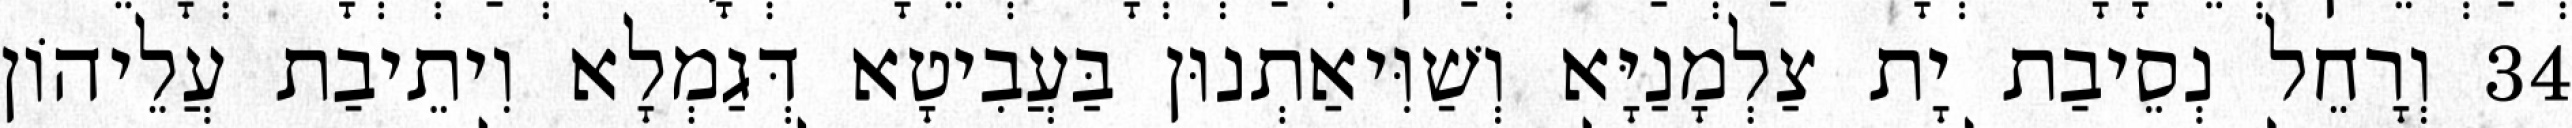
34 וְרָחֵל נְסֵיבַת יָת צַלְמָנַיָּא וְשַׁוִּיאַתְנוּן בַּעֲבִיטָא דְּגַמְלָא וִיתֵיבַת עֲלֵיהוֹן